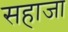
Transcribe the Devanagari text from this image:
सहाजा